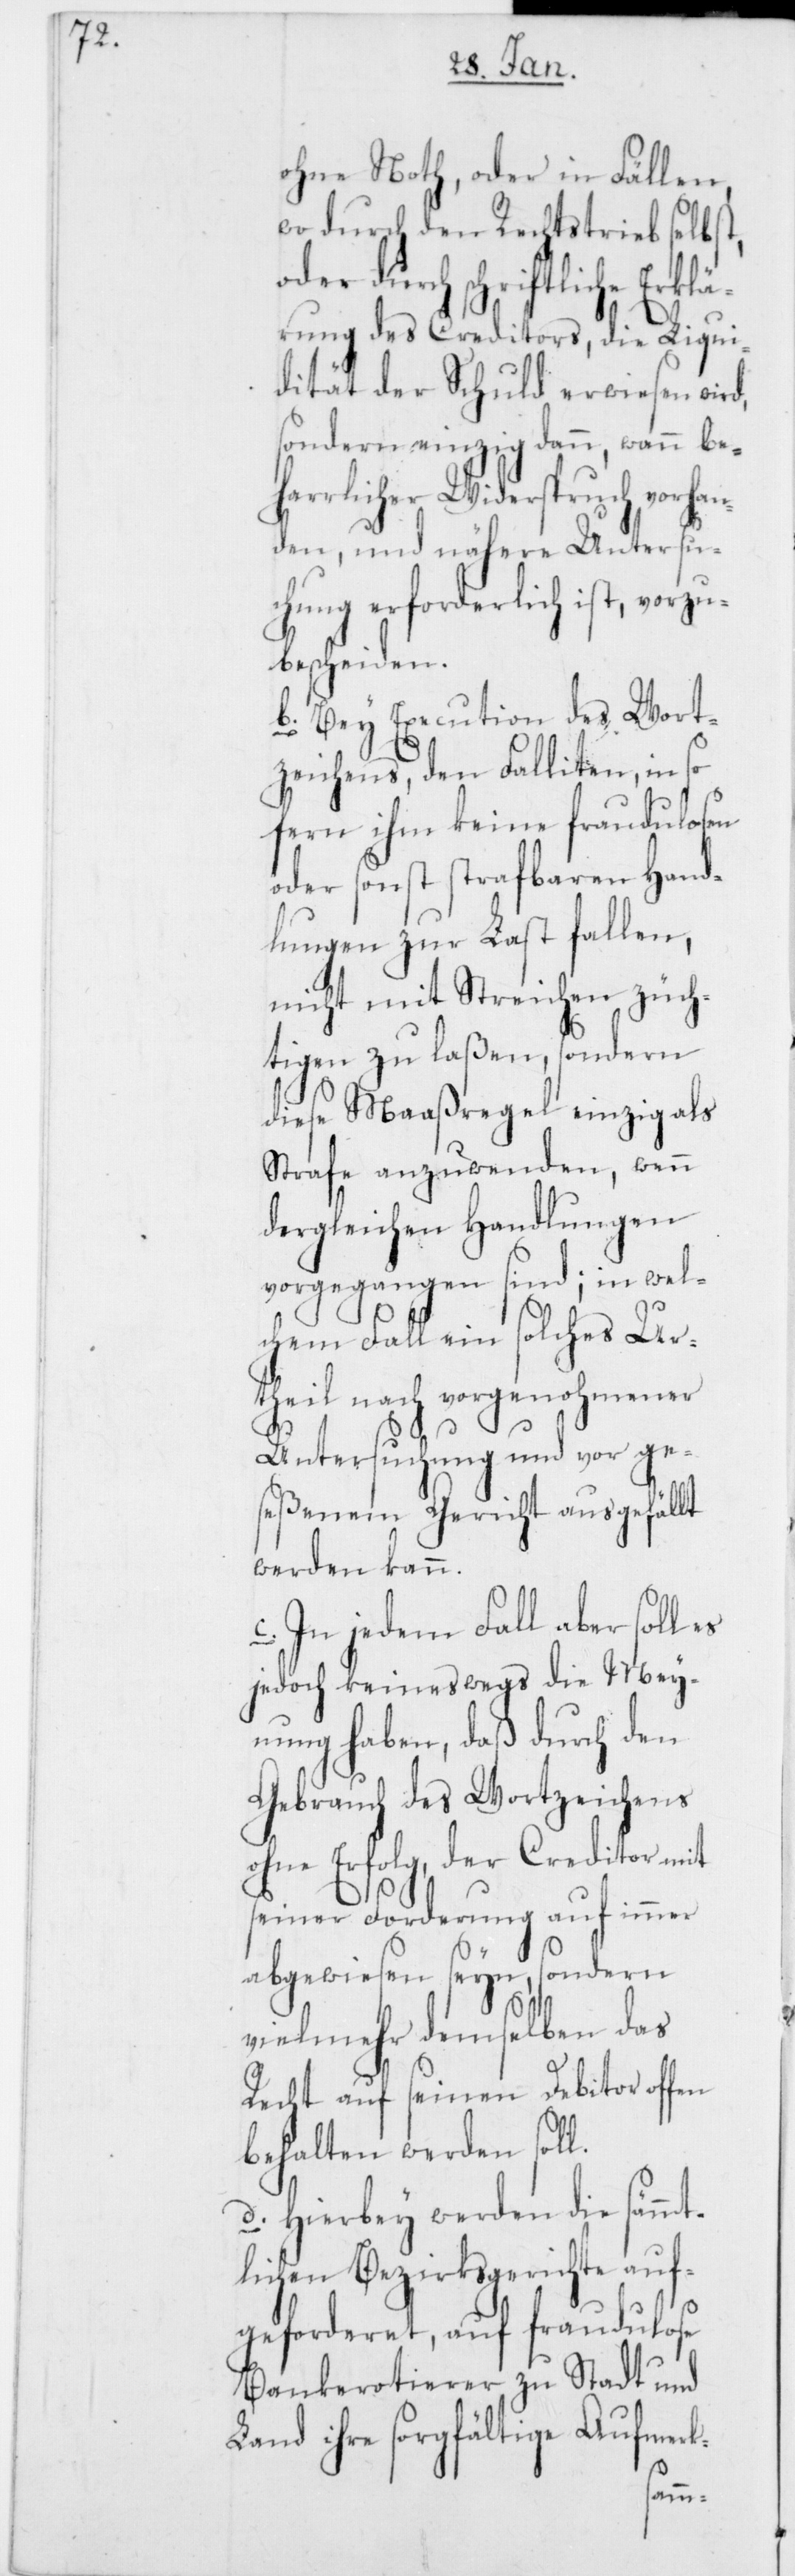
ohne Noth, oder in Fällen,
wo durch den Rechtstrieb selbst,
oder durch schriftliche Erkl¬
ärung des Creditors, die Liqui¬
dität der Schuld erwiesen wird,
sondern einzig dann, wann be¬
harrlicher Widerspruch vorhan¬
den, und nähere Untersu¬
chung erforderlich ist, vorzu¬
bescheiden.
b. Bey Execution des Wort¬
zeichens, den Falliten, in so
fern ihm keine fraudulosen
oder sonst strafbaren Hand¬
lungen zur Last fallen,
nicht mit Streichen züch¬
tigen zu laßen, sondern
diese Maaßregel einzig als
Strafe anzuwenden, wenn
dergleichen Handlungen
vorgegangen sind; in wel¬
chem Fall ein solches Ur¬
theil nach vorgenohmener
Untersuchung und vor ge¬
seßenem Gericht ausgefällt
werden kann.
c. In jedem Fall aber soll
jedoch keineswegs die Mey¬
nung haben, daß durch den
Gebrauch des Wortzeichens
ohne Erfolg, der Creditor mit
seiner Forderung auf immer
abgewiesen seyn, sondern
vielmehr demselben das
Recht auf seinen Debitor offen
behalten werden soll.
d. Hierbey werden die sämmt¬
lichen Bezirksgerichte auf¬
geforderet, auf fraudulose
Bankerotierer zu Stadt und
Land ihre sorgfältige Aufmerk-